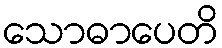
သောဓာပေတိ